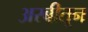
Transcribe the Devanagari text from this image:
अरबीतून